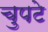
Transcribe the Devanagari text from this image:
चुपटे